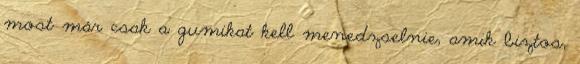
most már csak a gumikat kell menedzselnie, amik biztos,